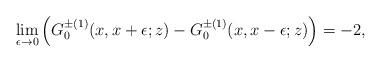
LaTeX: \begin{align*}\lim_{\epsilon\to 0}\left(G_0^{\pm(1)}(x,x+\epsilon;z)-G_0^{\pm(1)}(x,x-\epsilon;z)\right)=-2,\end{align*}